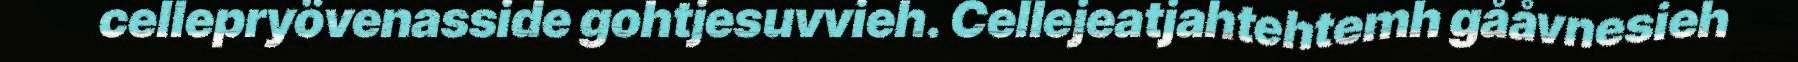
cellepryövenasside gohtjesuvvieh. Cellejeatjahtehtemh gååvnesieh